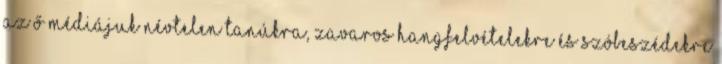
az ő médiájuk névtelen tanúkra, zavaros hangfelvételekre és szóbeszédekre